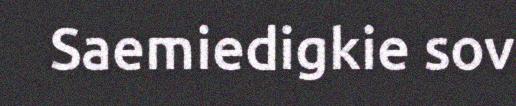
Saemiedigkie sov